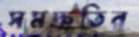
সমদ্রুতির